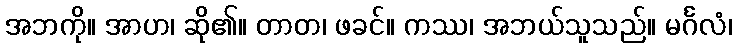
အဘကို။ အာဟ၊ ဆို၏။ တာတ၊ ဖခင်။ ကဿ၊ အဘယ်သူသည်။ မင်္ဂလံ၊